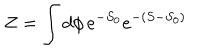
Z = \int d \phi \, e ^ { - S _ { 0 } } e ^ { - ( S - S _ { 0 } ) }